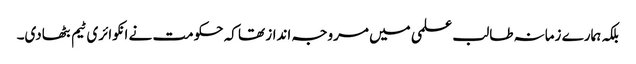
بلکہ ہمارے زمانہ طالب علمی میں مروجہ انداز تھا کہ حکومت نے انکوائری ٹیم بٹھادی۔